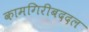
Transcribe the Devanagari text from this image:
कामगिरीबददल